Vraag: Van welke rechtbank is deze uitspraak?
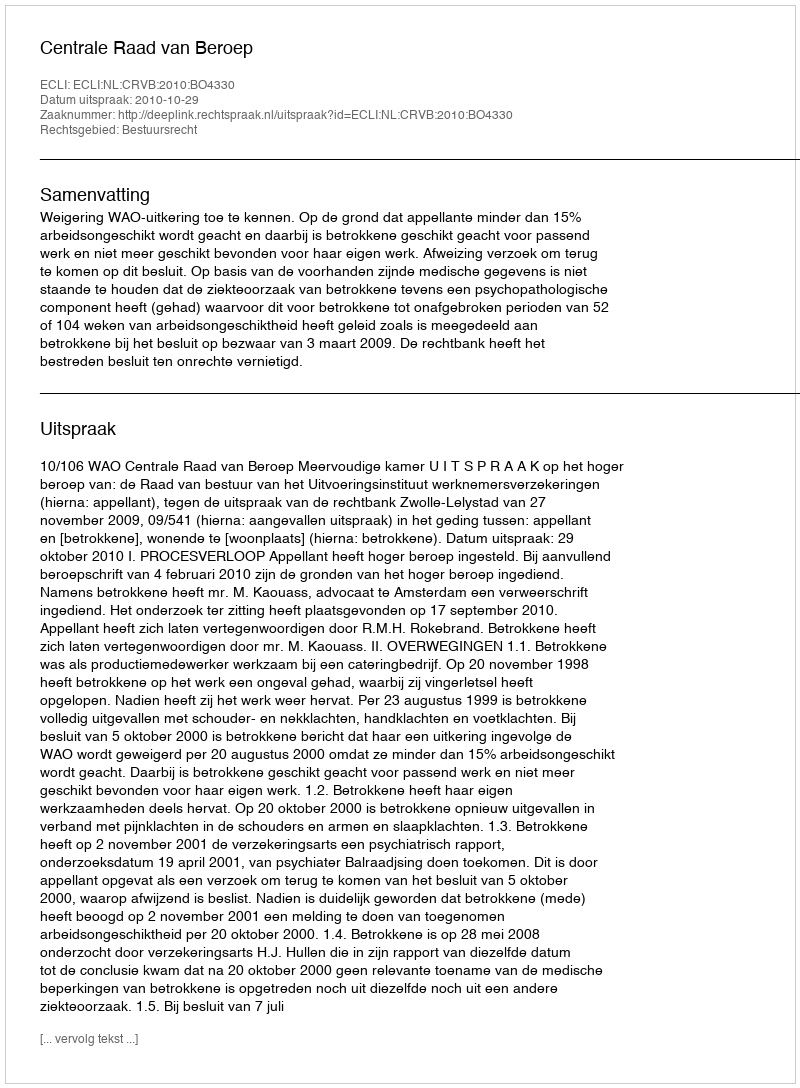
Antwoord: Centrale Raad van Beroep